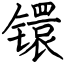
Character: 镮